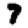
Digit: 7